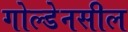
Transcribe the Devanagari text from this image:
गोल्डेनसील